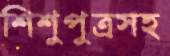
শিশুপুত্রসহ